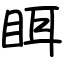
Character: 眲